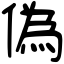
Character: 偽